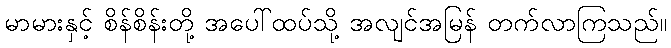
မာမားနှင့် စိန်စိန်းတို့ အပေါ်ထပ်သို့ အလျင်အမြန် တက်လာကြသည်။